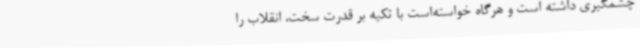
چشمگیری داشته است و هرگاه خواسته‌است با تکیه بر قدرت سخت، انقلاب را